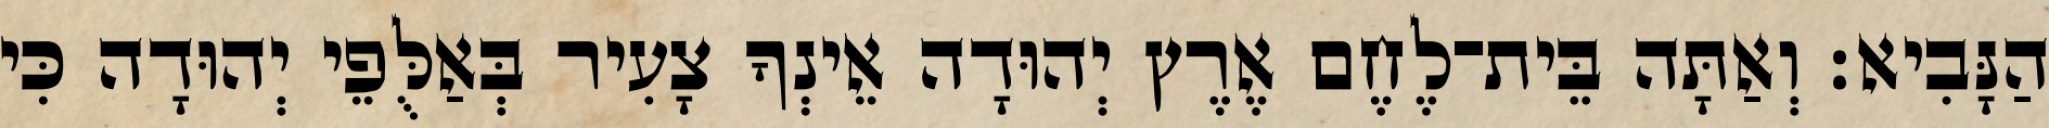
הַנָּבִיא׃ וְאַתָּה בֵּית־לֶחֶם אֶרֶץ יְהוּדָה אֵינְךָ צָעִיר בְּאַלֻּפֵי יְהוּדָה כִּי